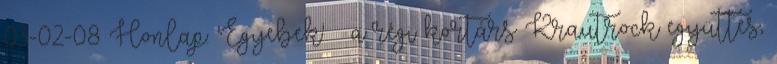
03-02-08 Honlap: 'Egyebek' » a régi kortárs Krautrock együttes,